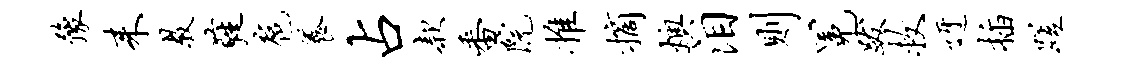
豫耒教蕤扈养占款番院推摘燠泪则冕跋救迓插蹉